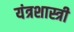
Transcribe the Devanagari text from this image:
यंत्रशास्त्री